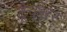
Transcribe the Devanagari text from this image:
ट्रैवर्सर